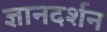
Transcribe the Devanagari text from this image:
ज्ञानदर्शन